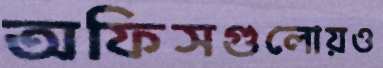
অফিসগুলোয়ও